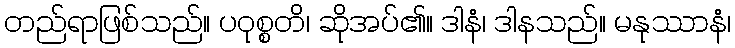
တည်ရာဖြစ်သည်။ ပဝုစ္စတိ၊ ဆိုအပ်၏။ ဒါနံ၊ ဒါနသည်။ မနုဿာနံ၊